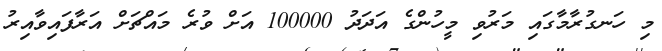
މި ހަނގުރާމާގައި މަރުވި މީހުންގެ އަދަދު 100000 އަށް ވުރެ މައްޗަށް އަރާފައިވާއިރު